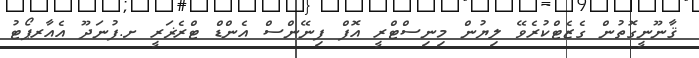
ޤާނޫނީގޮތުން ގެޒެޓްކުރެވޭ ލިޔުން މިނިސްޓްރީ އޮފް ފިނޭންސް އެންޑް ޓްރެޜަރީ ށ.ފުނަދޫ އެއާރޕޯޓު